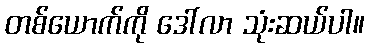
တစ်ယောက်ကို ဒေါ်လာ သုံးဆယ်ပါ။